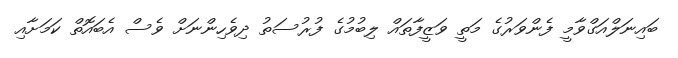
ބައިނަލްއަގްވާމީ ފެންވަރުގެ މަތީ ވަޒީފާތައް ލިބުމުގެ ފުރުސަތު ދިވެހިންނަށް ވެސް އެބައޮތް ކަމަށާއި